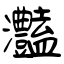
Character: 灎